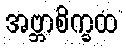
အဗ္ဘာစိက္ခထ